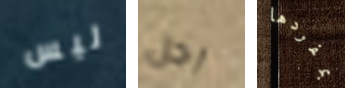
ليس رجل بمفردها